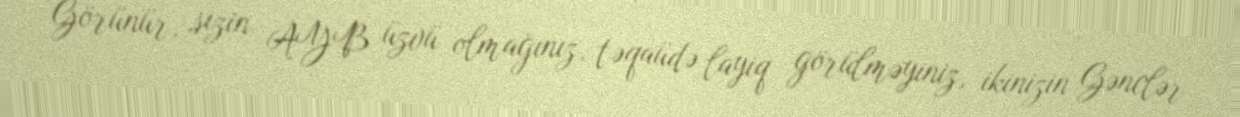
Görünür, sizin AYB üzvü olmağınız, təqaüdə layiq görülməyiniz, ikinizin Gənclər